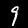
Label: 9